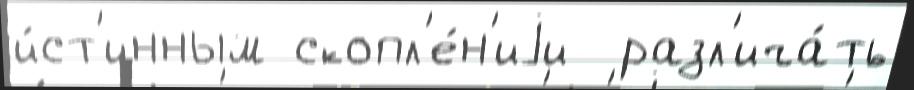
и́ст'инным скопл'е́н'иjи  разл'ича́ть